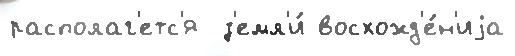
располаг'етс'я  з'емл'и́ восхожд'е́н'иjа